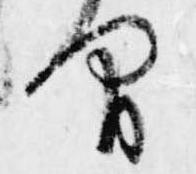
間